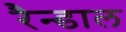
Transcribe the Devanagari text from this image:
रैन्डाल